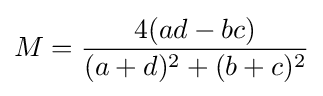
M={\frac {4(ad-bc)}{(a+d)^{2}+(b+c)^{2}}}